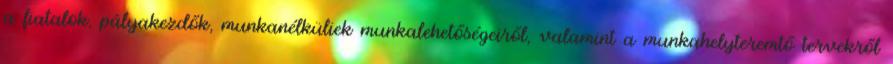
a fiatalok, pályakezdők, munkanélküliek munkalehetőségeiről, valamint a munkahelyteremtő tervekről